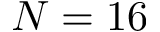
N = 1 6